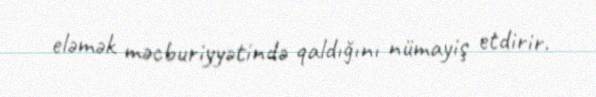
eləmək məcburiyyətində qaldığını nümayiş etdirir.